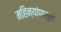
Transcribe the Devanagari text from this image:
महिन्यांपासून